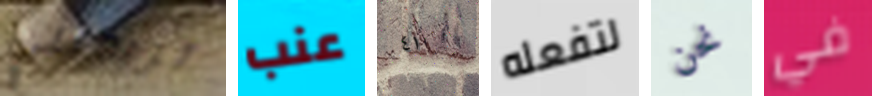
تريدنني عنب ٤١ لتفعله نحن في